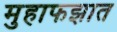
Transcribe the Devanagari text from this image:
मुहाफझात